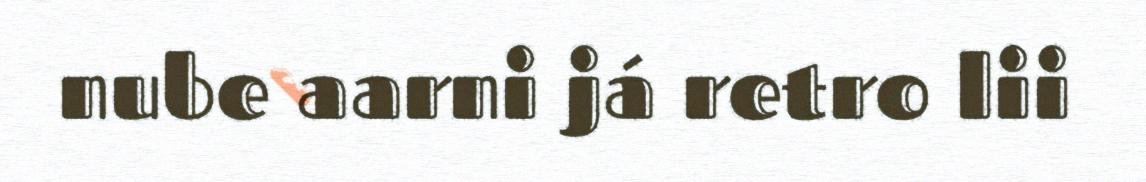
nube aarni já retro lii